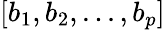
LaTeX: [b_{1},b_{2},...,b_{p}]